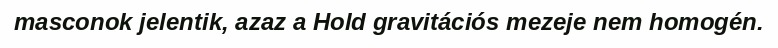
masconok jelentik, azaz a Hold gravitációs mezeje nem homogén.